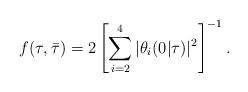
LaTeX: \begin{align*}f(\tau,\bar{\tau})=2\left[\sum_{i=2}^{4}|\theta_{i}(0|\tau)|^{2}\right]^{-1}.\end{align*}